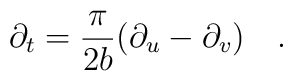
\partial_t={\pi \over 2{ b}}(\partial_u-\partial_v)~~~.